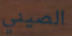
الصيني